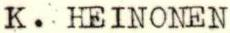
K. HEINONEN